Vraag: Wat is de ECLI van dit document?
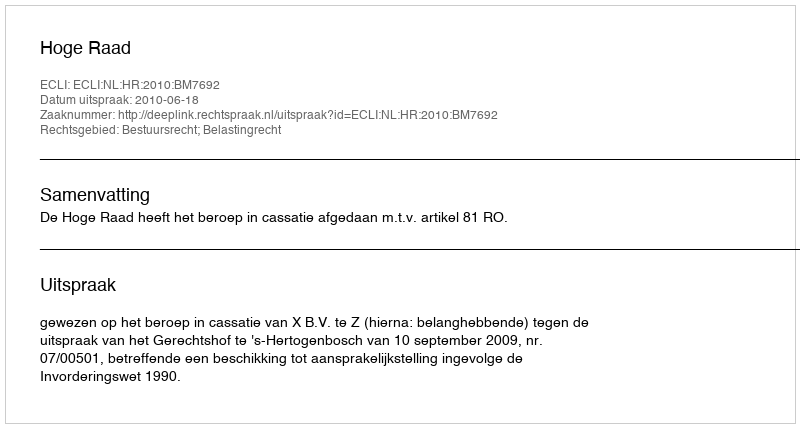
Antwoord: ECLI:NL:HR:2010:BM7692